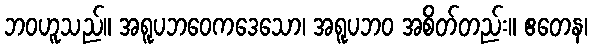
ဘဝဟူသည်။ အရူပဘဝေကဒေသော၊ အရူပဘဝ အစိတ်တည်း။ ဧတေန၊